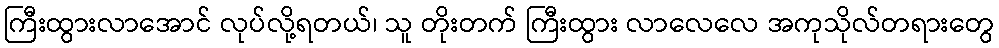
ကြီးထွားလာအောင် လုပ်လို့ရတယ်၊ သူ တိုးတက် ကြီးထွား လာလေလေ အကုသိုလ်တရားတွေ